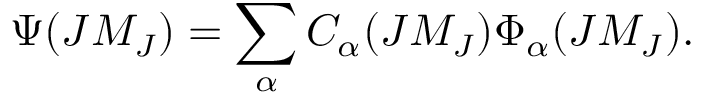
\Psi ( J M _ { J } ) = \sum _ { \alpha } C _ { \alpha } ( J M _ { J } ) \Phi _ { \alpha } ( J M _ { J } ) .